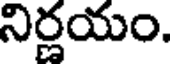
నిర్ణయం.